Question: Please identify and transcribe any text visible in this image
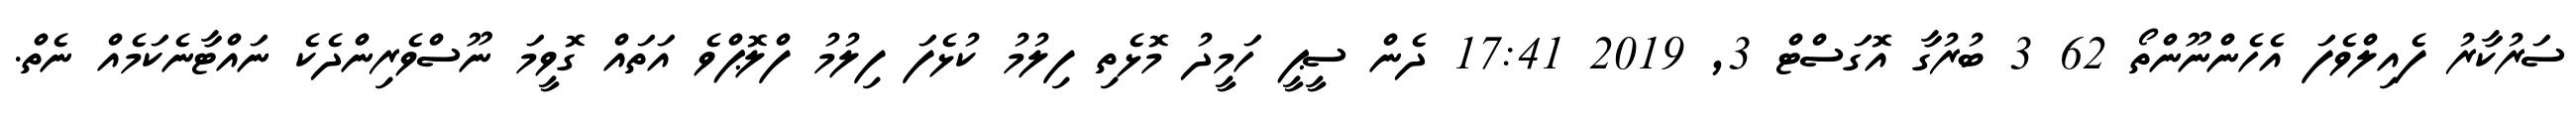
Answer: ސަރުކާރު ފެއިލްވެފަ އެހެންނޫންތޯ 62 3 ބުރުގާ އޮގަސްޓް 3, 2019 17:41 ދެން ސީޕީ ހަމީދު މޮޅެތި ފިލުމު ކުޅެފަ ފިލުމު ފްލޮޕްވެ އަތައް ގޮވީމަ ނޫސްވެރިންދެކެ ނައްޓާނެކަމެއް ނެތް.